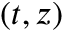
( t , z )